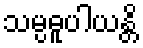
သမ္ပဓူပါယန္တိ